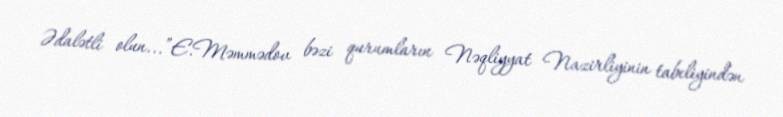
Ədalətli olun...”E.Məmmədov bəzi qurumların Nəqliyyat Nazirliyinin tabeliyindən